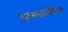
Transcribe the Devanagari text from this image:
हतगडवाडीतील